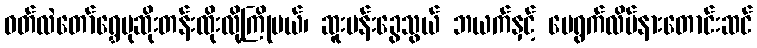
ဝတ်လဲတော်ရွှေပုဆိုးတန်းထိုးလို့ကြိုမယ်၊ ဆူးပန်းခွေသွယ် ဘယက်နှင့် ပေရွက်လိပ်နားတောင်းဆင်